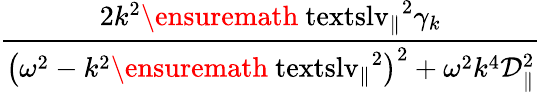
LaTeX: \displaystyle\frac{2k^{2}\ensuremath{\mathrm{\ textsl{v}}_{\parallel}}^{2}\gamma_{k}}{\bigl(\omega^{2}-k^{2}\ensuremath{\mathrm{\ textsl{v}}_{\parallel}}^{2}\bigr)^{2}+\omega^{2}k^{4}\mathcal{D}_{\parallel}^{2}}